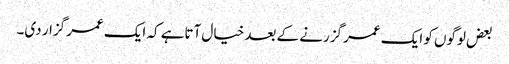
بعض لوگوں کو ایک عمر گزرنے کے بعد خیال آتاہے کہ ایک عمر گزار دی۔